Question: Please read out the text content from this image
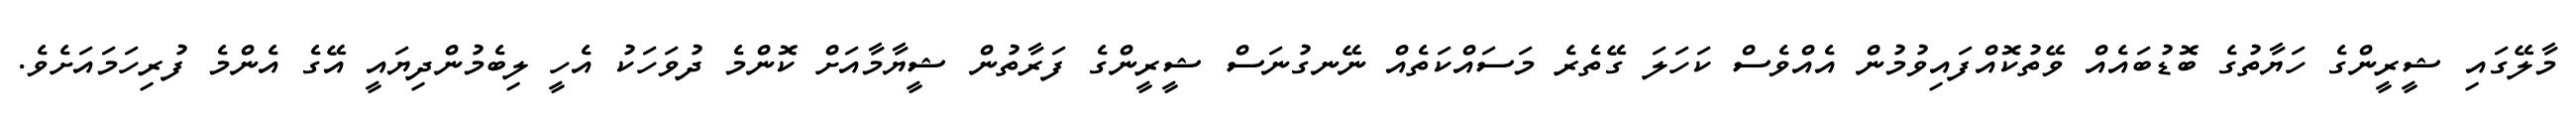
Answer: މާލޭގައި ޝީރީންގެ ހަޔާތުގެ ބޮޑުބައެއް ވޭތުކޮއްފައިވުމުން އެއްވެސް ކަހަލަ ގޭތެރެ މަސައްކަތެއް ނޭނގުނަސް ޝީރީންގެ ފަރާތުން ޝީޔާމާއަށް ކޮންމެ ދުވަހަކު އެހީ ލިބެމުންދިޔައީ އޭގެ އެންމެ ފުރިހަމައަށެވެ.